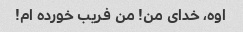
اوه، خدای من! من فریب خورده ام!